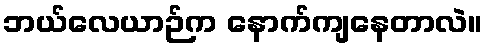
ဘယ်လေယာဉ်က နောက်ကျနေတာလဲ။